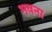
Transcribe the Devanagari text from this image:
भवना